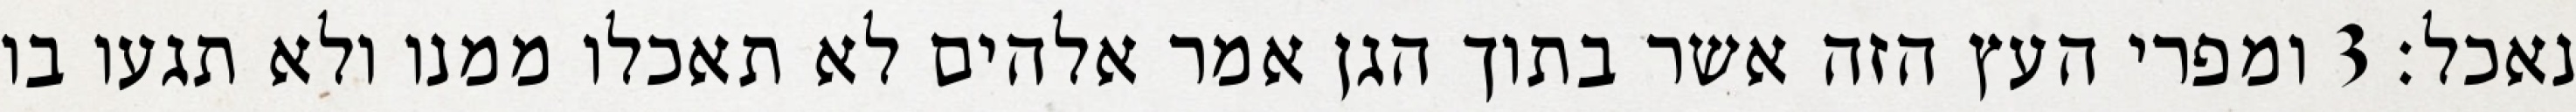
נאכל׃ ‎3‏ ומפרי העץ הזה אשר בתוך הגן אמר אלהים לא תאכלו ממנו ולא תגעו בו